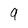
Character: 9